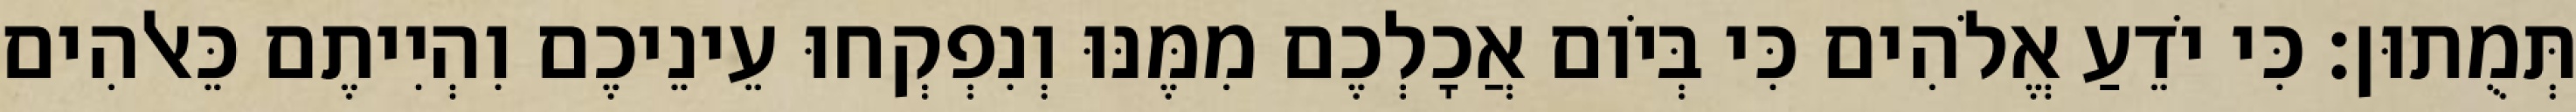
תְּמֻתוּן׃ כִּי יֹדֵעַ אֱלֹהִים כִּי בְּיֹום אֲכָלְכֶם מִמֶּנּוּ וְנִפְקְחוּ עֵינֵיכֶם וִהְיִיתֶם כֵּאלֹהִים